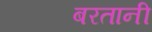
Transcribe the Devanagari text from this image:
बरतानी